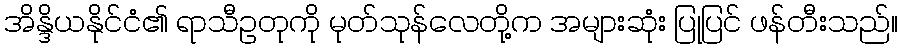
အိန္ဒိယနိုင်ငံ၏ ရာသီဥတုကို မုတ်သုန်လေတို့က အများဆုံး ပြုပြင် ဖန်တီးသည်။